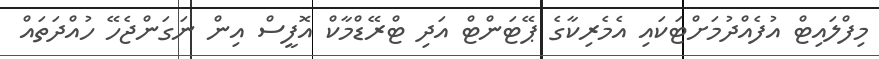
މިފްލައިޓް އުފެއްދުމަށްޓަކައި އެމެރިކާގެ ޕޭޓަންޓް އަދި ޓްރޭޑްމާކް އޮފީސް އިން ނަގަންޖެހޭ ހުއްދަތައް